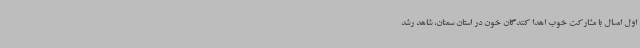
اول امسال با مشارکت خوب اهدا کنندگان خون در استان سمنان، شاهد رشد